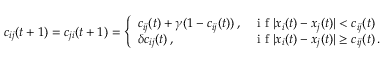
c _ { i j } ( t + 1 ) = c _ { j i } ( t + 1 ) = \left\{ \begin{array} { l l } { c _ { i j } ( t ) + \gamma ( 1 - c _ { i j } ( t ) ) \, , } & { \mathrm { ~ i ~ f ~ } | x _ { i } ( t ) - x _ { j } ( t ) | < c _ { i j } ( t ) } \\ { \delta c _ { i j } ( t ) \, , } & { \mathrm { ~ i ~ f ~ } | x _ { i } ( t ) - x _ { j } ( t ) | \geq c _ { i j } ( t ) \, . } \end{array} \right.